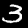
Digit: 3